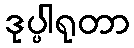
ဒုပ္ပါရုတာ